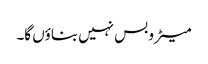
میٹرو بس نہیں بناؤں گا۔